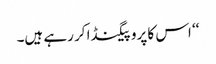
‘‘ اس کا پروپیگنڈا کر رہے ہیں۔